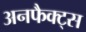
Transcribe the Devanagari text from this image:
अनफैक्ट्स